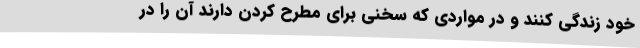
خود زندگی کنند و در مواردی که سخنی برای مطرح کردن دارند آن را در